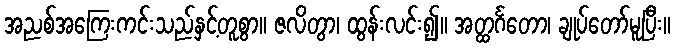
အညစ်အကြေးကင်းသည်နှင့်တူစွာ။ ဇလိတွာ၊ ထွန်းလင်း၍။ အတ္ထင်္ဂတော၊ ချုပ်တော်မူပြီး။